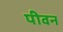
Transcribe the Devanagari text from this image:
पीवन